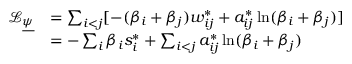
\begin{array} { r l } { \mathcal { L } _ { \underline { { \psi } } } } & { = \sum _ { i < j } [ - ( \beta _ { i } + \beta _ { j } ) w _ { i j } ^ { * } + a _ { i j } ^ { * } \ln ( \beta _ { i } + \beta _ { j } ) ] } \\ & { = - \sum _ { i } \beta _ { i } s _ { i } ^ { * } + \sum _ { i < j } a _ { i j } ^ { * } \ln ( \beta _ { i } + \beta _ { j } ) } \end{array}